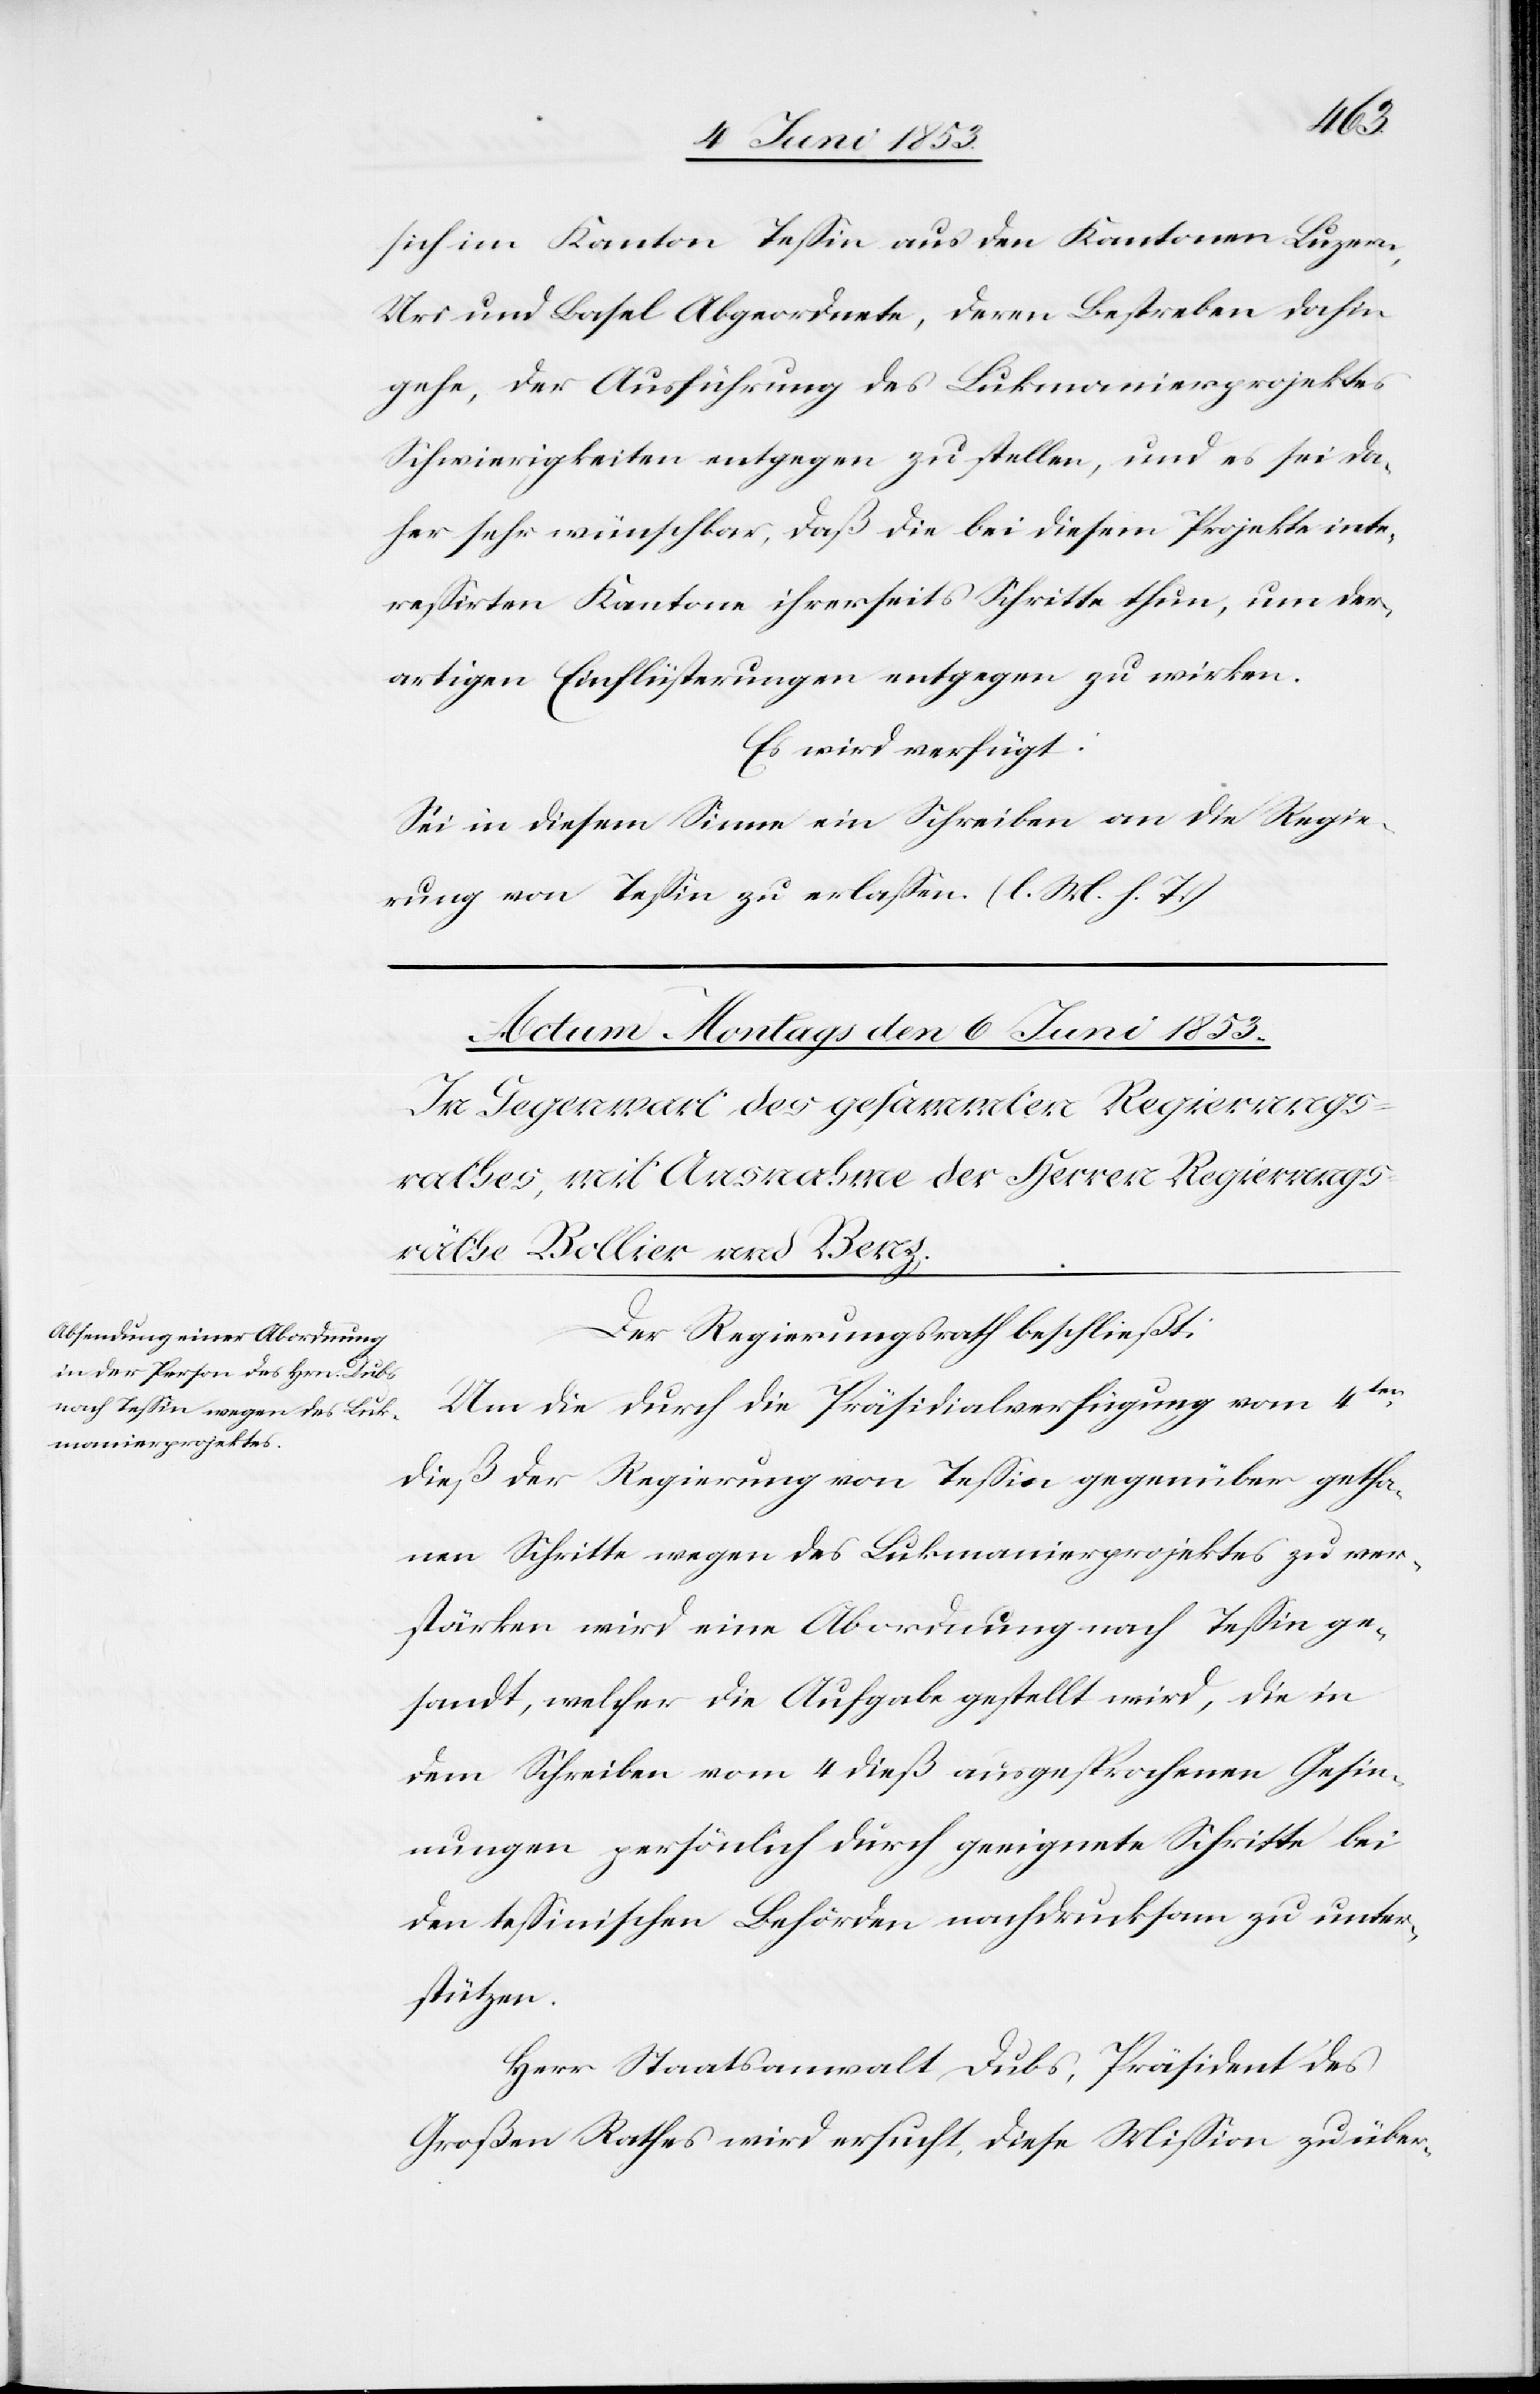
sich im Kanton Teßin aus den Kantonen Luzern,
Uri und Basel Abgeordnete, deren Bestreben dahin
gehe, der Ausführung des Lukmanierprojektes
Schwierigkeiten entgegen zu stellen, und es sei da¬
her sehr wünschbar, daß die bei diesem Projekte inte¬
reßirten Kantone ihrerseits Schritte thun, um der¬
artigen Einflüsterungen entgegen zu wirken.
Es wird verfügt:
Sei in diesem Sinne ein Schreiben an die Regie¬
rung von Teßin zu erlaßen. [l. M. h. T]
Der Regierungsrath beschließt:
Um die durch die Präsidialverfügung vom 4ten.
dieß der Regierung von Teßin gegenüber getha¬
nen Schritte wegen des Lukmanierprojektes zu ver¬
stärken wird eine Abordnung nach Teßin ge¬
sandt, welcher die Aufgabe gestellt wird, die in
dem Schreiben vom 4 dieß ausgesprochenen Gesin¬
nungen persönlich durch geeignete Schritte bei
den teßinischen Behörden nachdrucksam zu unter¬
stützen.
Herr Staatsanwalt Dubs, Präsident des
Großen Rathes wird ersucht, diese Mißion zu über-